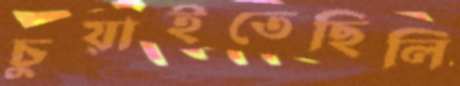
চুয়াইতেছিলি